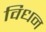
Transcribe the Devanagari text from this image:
विधन